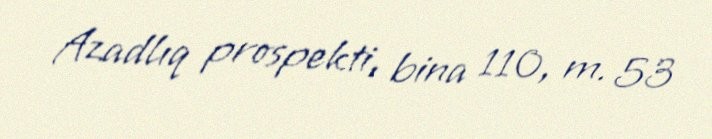
Azadlıq prospekti, bina 110, m. 53